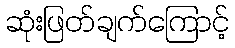
ဆုံးဖြတ်ချက်ကြောင့်